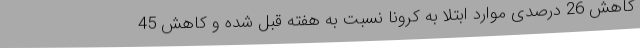
کاهش 26 درصدی موارد ابتلا به کرونا نسبت به هفته قبل شده و کاهش 45